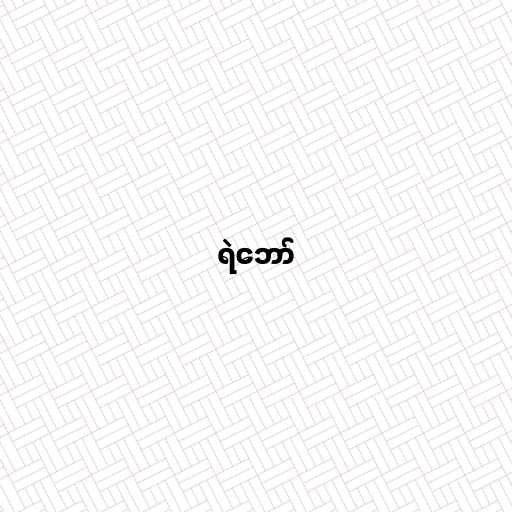
ရဲဘော်